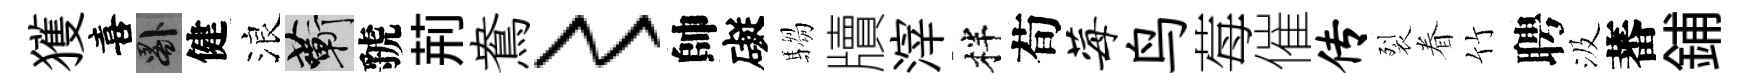
獲喜晷健浪蔪虢荊鴦〻帥礙騶牘滓柈荀莓鸟莓催传裂眷竹聘汲蕃鋪